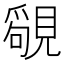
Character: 𧡳